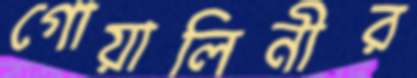
গোয়ালিনীর